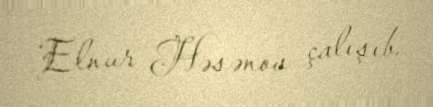
Elnur Həsənov çalışıb.